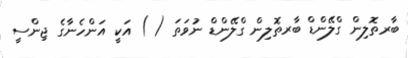
ބާރތޮލިން ގްލޭންޑް ބާރތޮލިން ގްލޭންޑް ނުވަތަ ( ) އަކީ އަންހެނާގެ ޖިންސީ